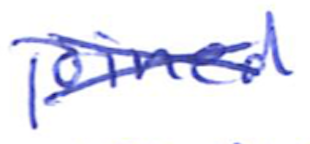
Text: joined
Cross-out: cross
Writing tool: ballpoint